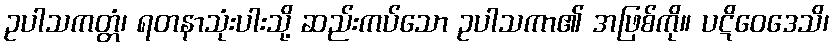
ဥပါသကတ္တံ၊ ရတနာသုံးပါးသို့ ဆည်းကပ်သော ဥပါသကာ၏ အဖြစ်ကို။ ပဋိဝေဒေသိ၊